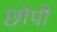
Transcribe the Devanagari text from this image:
छोपी